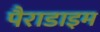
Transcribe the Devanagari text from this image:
पैराडाइम